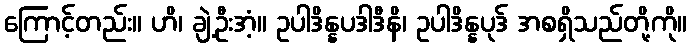
ကြောင့်တည်း။ ဟိ၊ ချဲ့ဦးအံ့။ ဥပါဒိန္နပဒါဒီနိ၊ ဥပါဒိန္နပုဒ် အစရှိသည်တို့ကို။